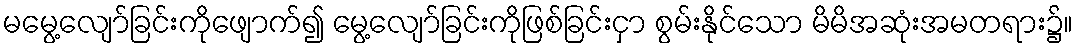
မမွေ့လျော်ခြင်းကိုဖျောက်၍ မွေ့လျော်ခြင်းကိုဖြစ်ခြင်းငှာ စွမ်းနိုင်သော မိမိအဆုံးအမတရား၌။